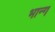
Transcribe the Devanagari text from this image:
भान्ग